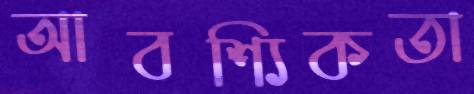
আবশ্যিকতা